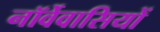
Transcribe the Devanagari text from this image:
नॉर्वेवासियों